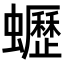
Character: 𧔝